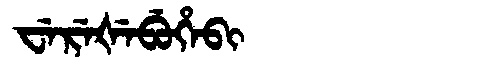
Manchu: ᠸᡝᡵᡝᡧᡝᠪᡠᡥᡝᠪᡳ
Romanization: WEREŠEBUHEBI